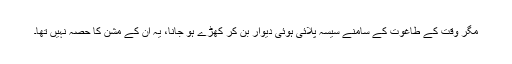
مگر وقت کے طاغوت کے سامنے سیسہ پلائی ہوئی دیوار بن کر کھڑے ہو جانا، یہ ان کے مشن کا حصہ نہیں تھا۔